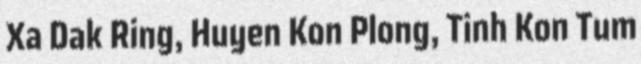
Xa Dak Ring, Huyen Kon Plong, Tinh Kon Tum